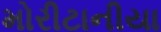
મોરીટાનીયા